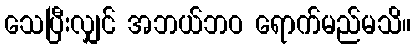
သေပြီးလျှင် အဘယ်ဘဝ ရောက်မည်မသိ။